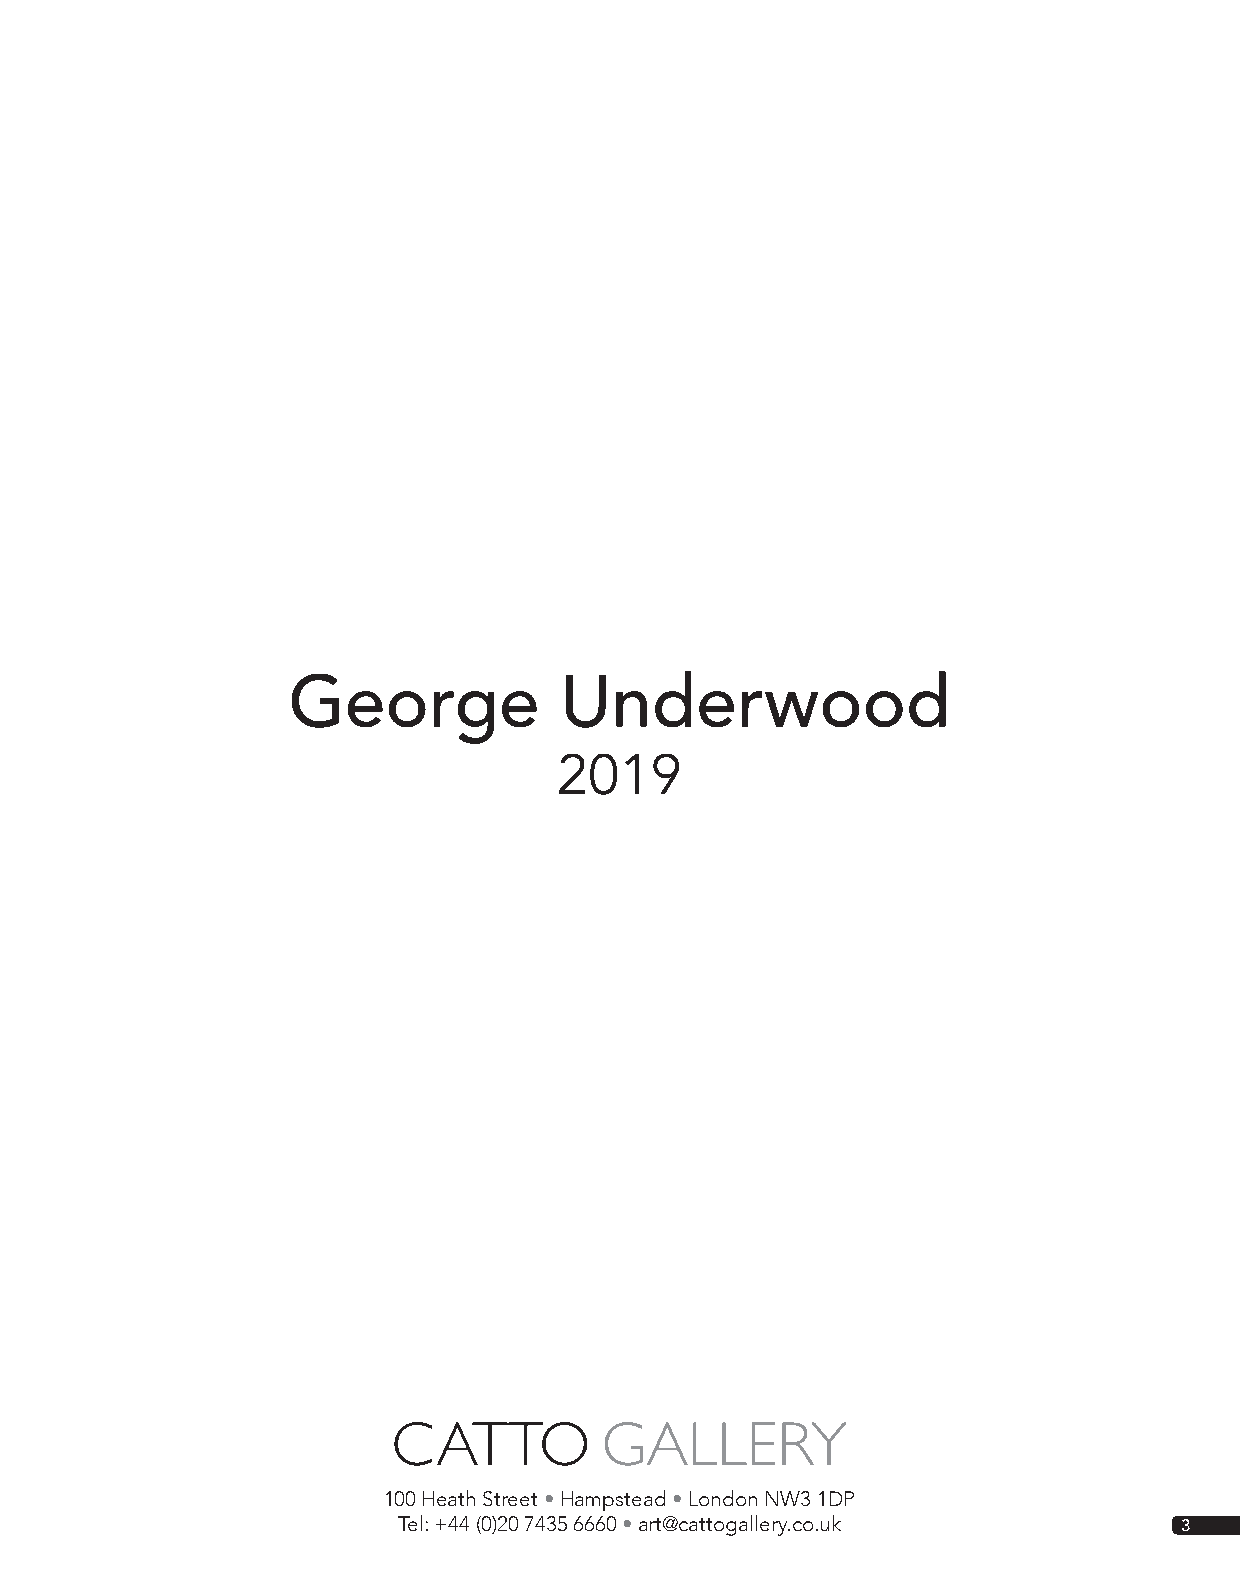
George            Underwood
 2019
 CATTO         GALLERY
 100 Heath Street • Hampstead • London NW3 1DP
 Tel: +44 (0)20 7435 6660 • art@cattogallery.co.uk   3